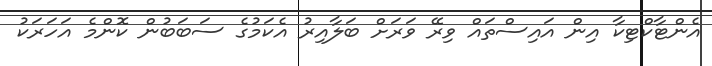
އެންޓާކްޓިކާ އިން އައިސްތައް ވިރޭ ވަރަށް ބަލާއިރު އެކަމުގެ ސަބަބުން ކޮންމެ އަހަރަކު